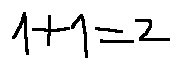
1 + 1 = 2